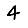
Digit: 4